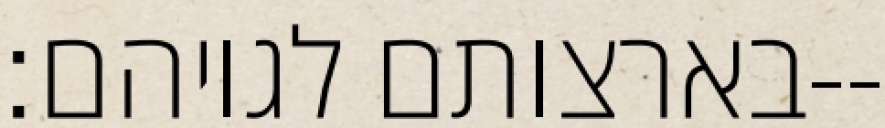
בארצותם לגויהם׃--